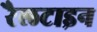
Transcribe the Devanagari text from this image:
रैलटाइन